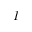
I